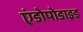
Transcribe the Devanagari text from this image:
एंडोपोडाइड